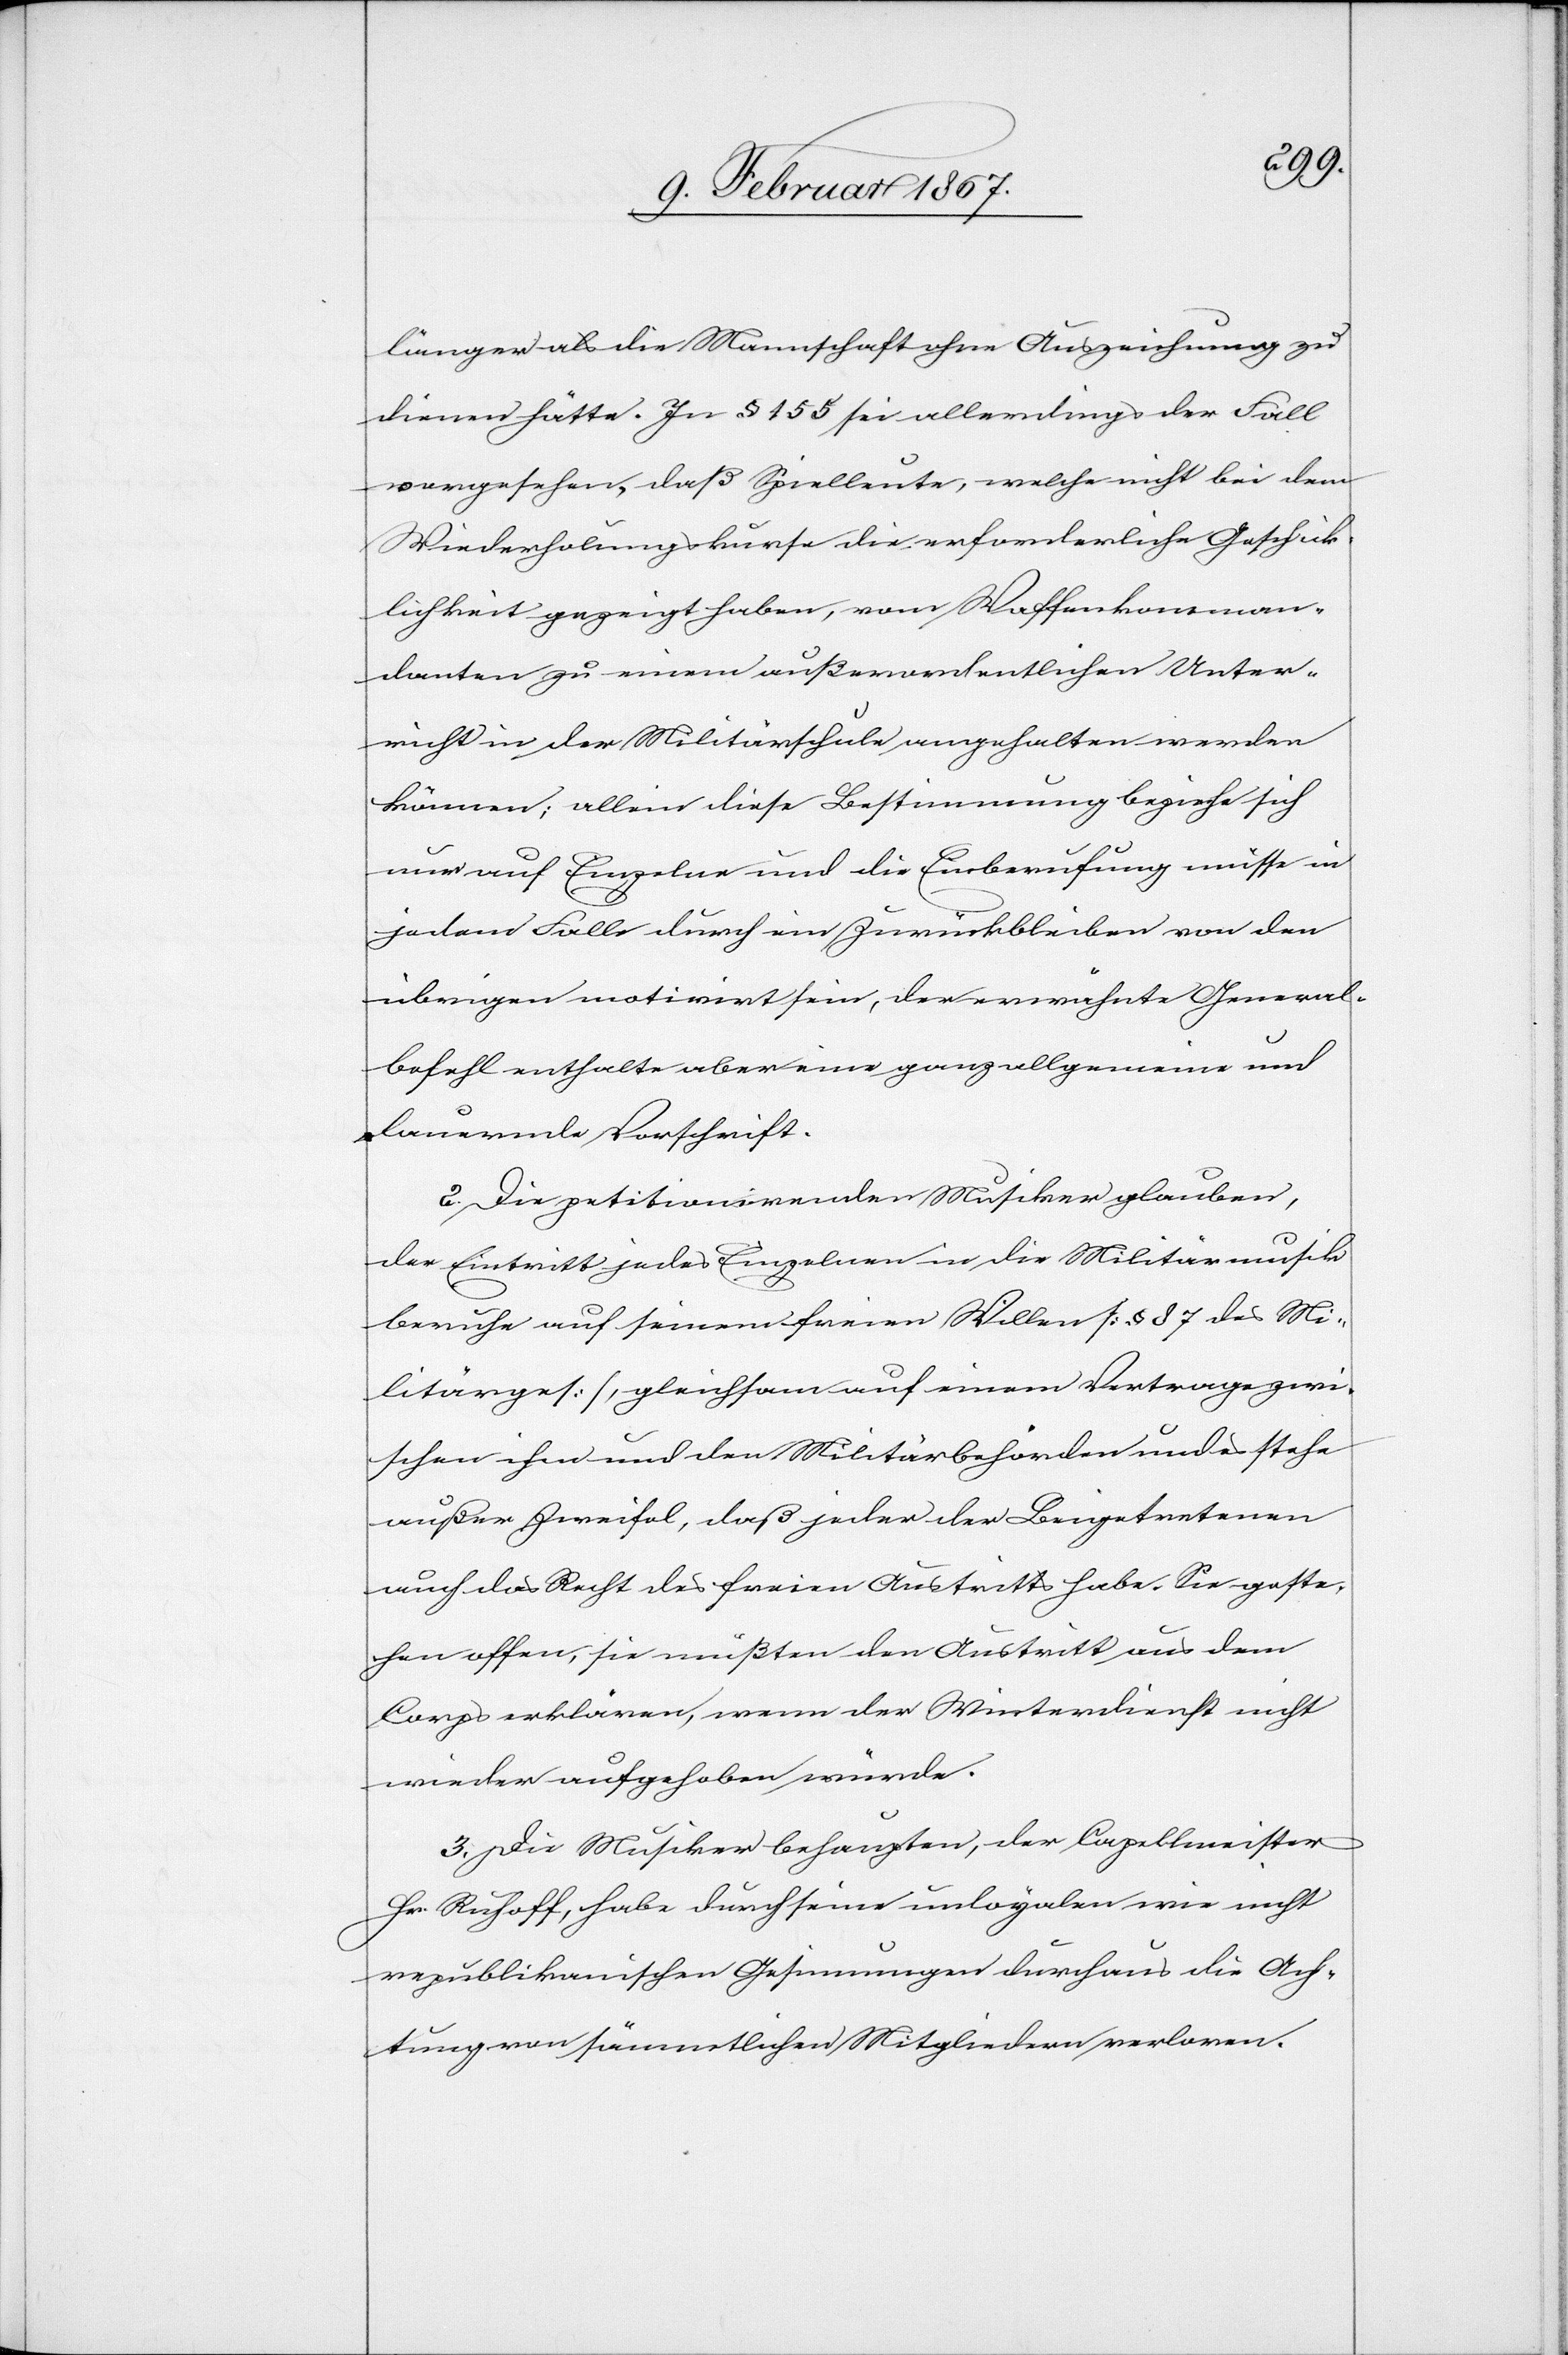
länger als die Mannschaft ohne Auszeichnung zu
dienen hätte. In § 155 sei allerdings der Fall
vorgesehen, daß Spielleute, welche nicht bei dem
Wiederholungskurse die erforderliche Geschick¬
lichkeit gezeigt haben, vom Waffenkomman¬
danten zu einem außerordentlichen Unter¬
richt in der Militärschule angehalten werden
können; allein diese Bestimmung beziehe sich
nur auf Einzelne und die Einberufung müsse in
jedem Falle durch ein Zurückbleiben von den
übrigen motivirt sein, der erwähnte General¬
befehl enthalte aber eine ganz allgemeine und
dauernde Vorschrift.
2. Die petitionirenden Musiker glauben,
der Eintritt jedes Einzelnen in die Militärmusik
beruhe auf seinem freien Willen [§ 87 des Mi¬
litärges], gleichsam auf einem Vertrage zwi¬
schen ihm und den Militärbehörden und es stehe
außer Zweifel, daß jeder der Beigetretenen
auch das Recht des freien Austritts habe. Sie geste¬
hen offen, sie müßten den Austritt aus dem
Corps erklären, wenn der Winterdienst nicht
wieder aufgehoben würde.
3. Die Musiker behaupten, der Capellmeister
Hr. Ruloff, habe durch seine unloyalen wie nicht
republikanischen Gesinnungen durchaus die Ach¬
tung von sämmtlichen Mitgliedern verloren.